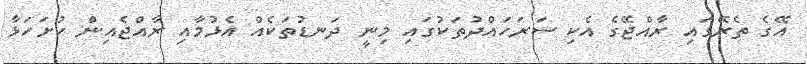
އޭގެ ތެރޭގައި ރާއްޖޭގެ އެކި ސަރަހައްދުތަކުގައި މިނީ ދަނޑުތަކެއް އެޅުމާއި ރާއްޖެއިން ހުށަހަޅާ